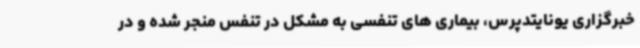
خبرگزاری یونایتدپرس، بیماری های تنفسی به مشکل در تنفس منجر شده و در